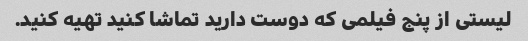
لیستی از پنج فیلمی که دوست دارید تماشا کنید تهیه کنید.